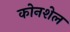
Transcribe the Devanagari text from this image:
कोनशेल